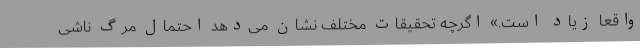
واقعاً زیاد است.» اگرچه تحقیقات مختلف نشان می‌دهد احتمال مرگ ناشی